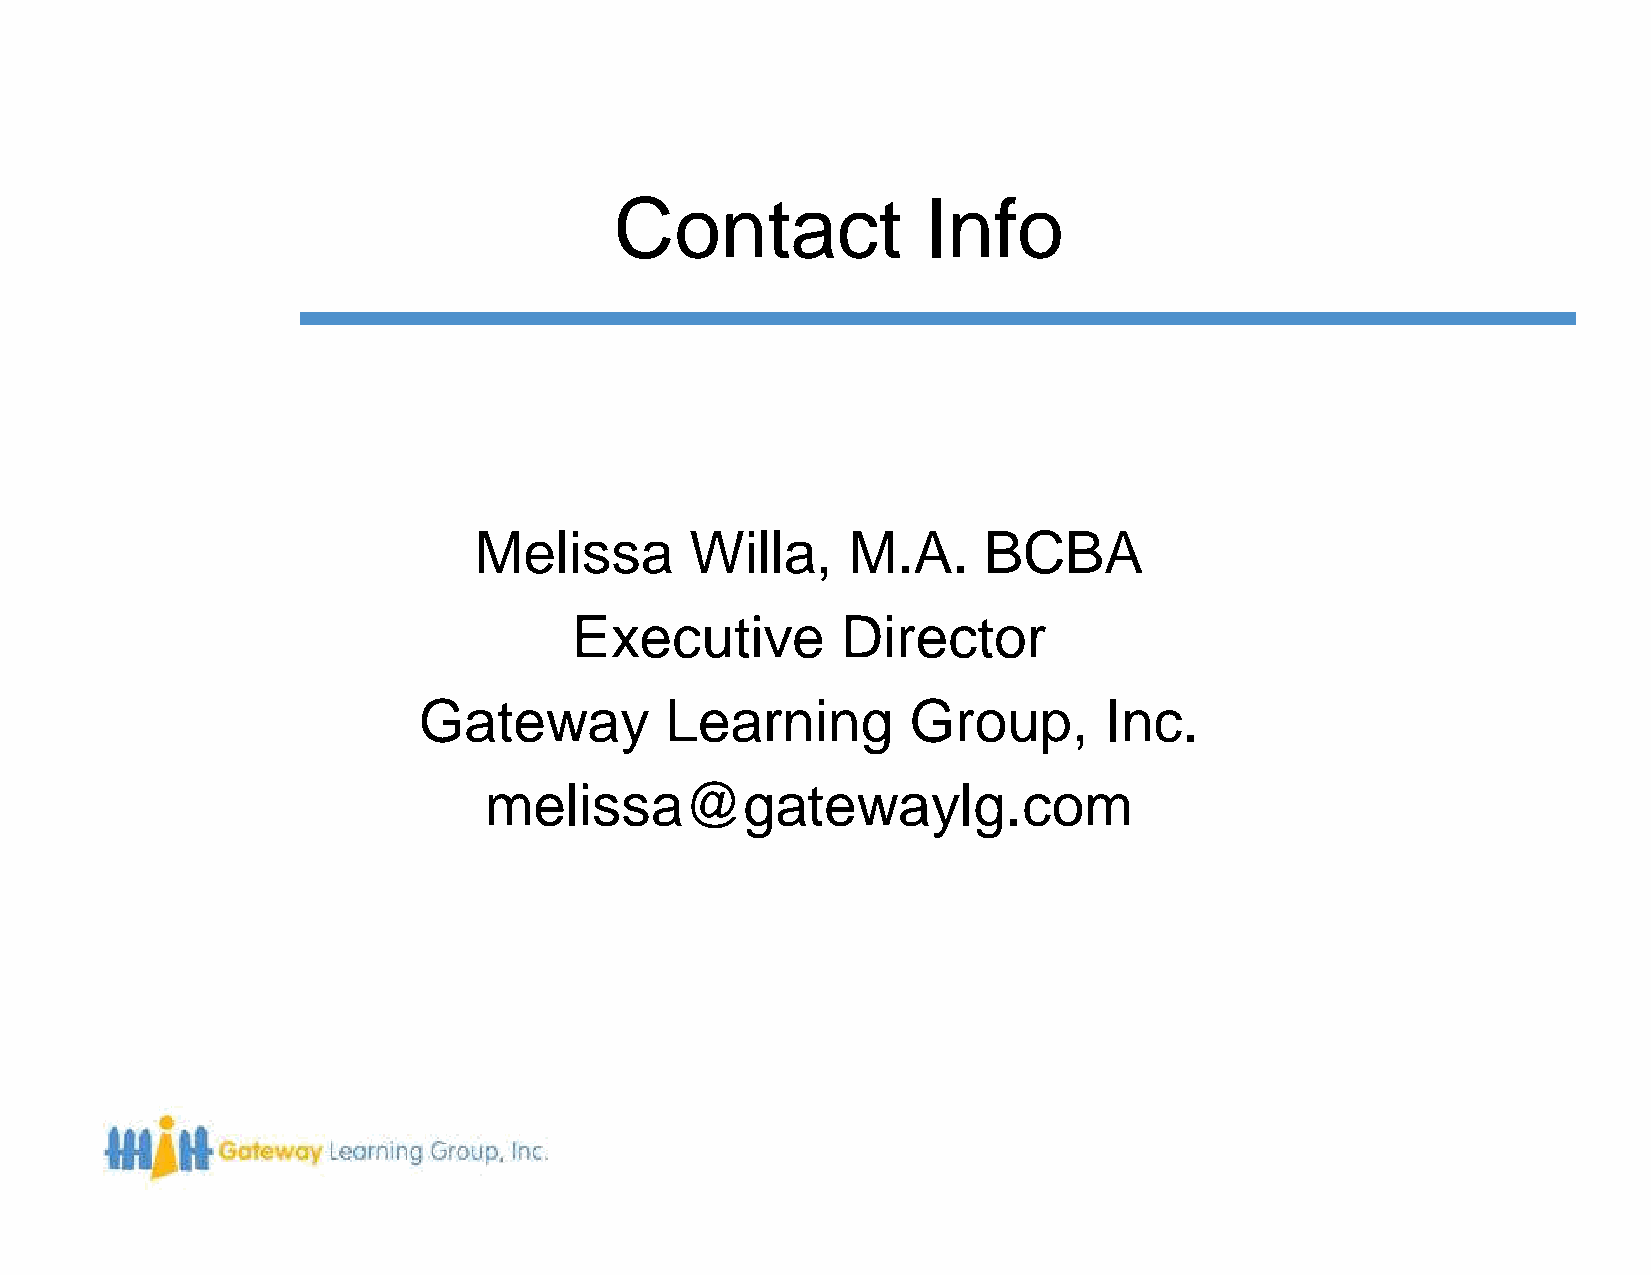
Contact             Info
 Melissa        Willa,    M.A.     BCBA
 Executive         Director
 Gateway         Learning        Group,       Inc.
 melissa@gatewaylg.com